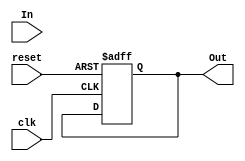
module DebouncedEdgeDetector (
    input wire clk,               // Clock signal
    input wire reset,             // Reset signal
    input wire In,                // Noisy input signal
    output reg Out                // Clean output signal
);

    // Parameters for debounce timing
    parameter DEBOUNCE_TIME = 20_000_000; // Example: 20 million clock cycles for ~1s debounce time
    reg [23:0] debounce_counter; // Counter for debounce timing
    reg [1:0] state;             // State register: 00 = stable low, 01 = stable high, 10 = transition low to high, 11 = transition high to low
    reg prev_state;              // Previous stable state of the input signal

    // State encoding
    localparam STABLE_LOW = 2'b00;
    localparam STABLE_HIGH = 2'b01;
    localparam TRANSITION_LOW_TO_HIGH = 2'b10;
    localparam TRANSITION_HIGH_TO_LOW = 2'b11;

    // Initial state
    initial begin
        Out = 0;
        debounce_counter = 0;
        state = STABLE_LOW;
        prev_state = 0;
    end

    // Main debounce logic
    always @(posedge clk or posedge reset) begin
        if (reset) begin
            // Reset all registers
            Out <= 0;
            debounce_counter <= 0;
            state <= STABLE_LOW;
            prev_state <= 0;
        end else begin
            // Check for state transition
            if (In != prev_state) begin
                // If input changes, start the debounce counter
                debounce_counter <= 0;
                state <= (In) ? TRANSITION_LOW_TO_HIGH : TRANSITION_HIGH_TO_LOW;
            end else if (debounce_counter < DEBOUNCE_TIME) begin
                // Increment the debounce counter if it hasn't reached the threshold
                debounce_counter <= debounce_counter + 1;
            end else if (debounce_counter == DEBOUNCE_TIME) begin
                // If debounce time has been reached, update the output and stable state
                if (state == TRANSITION_LOW_TO_HIGH) begin
                    Out <= 1; // Rising edge detected
                    state <= STABLE_HIGH; // Update to stable high
                end else if (state == TRANSITION_HIGH_TO_LOW) begin
                    Out <= 0; // Falling edge detected
                    state <= STABLE_LOW; // Update to stable low
                end
            end

            // Update previous state
            prev_state <= In;
        end
    end

endmodule